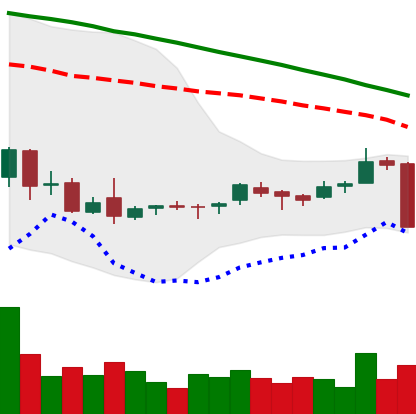
Ticker: ETC-USD
Chart end date: 2018-09-05
Forward return: -4.796%
Label: down_3_5